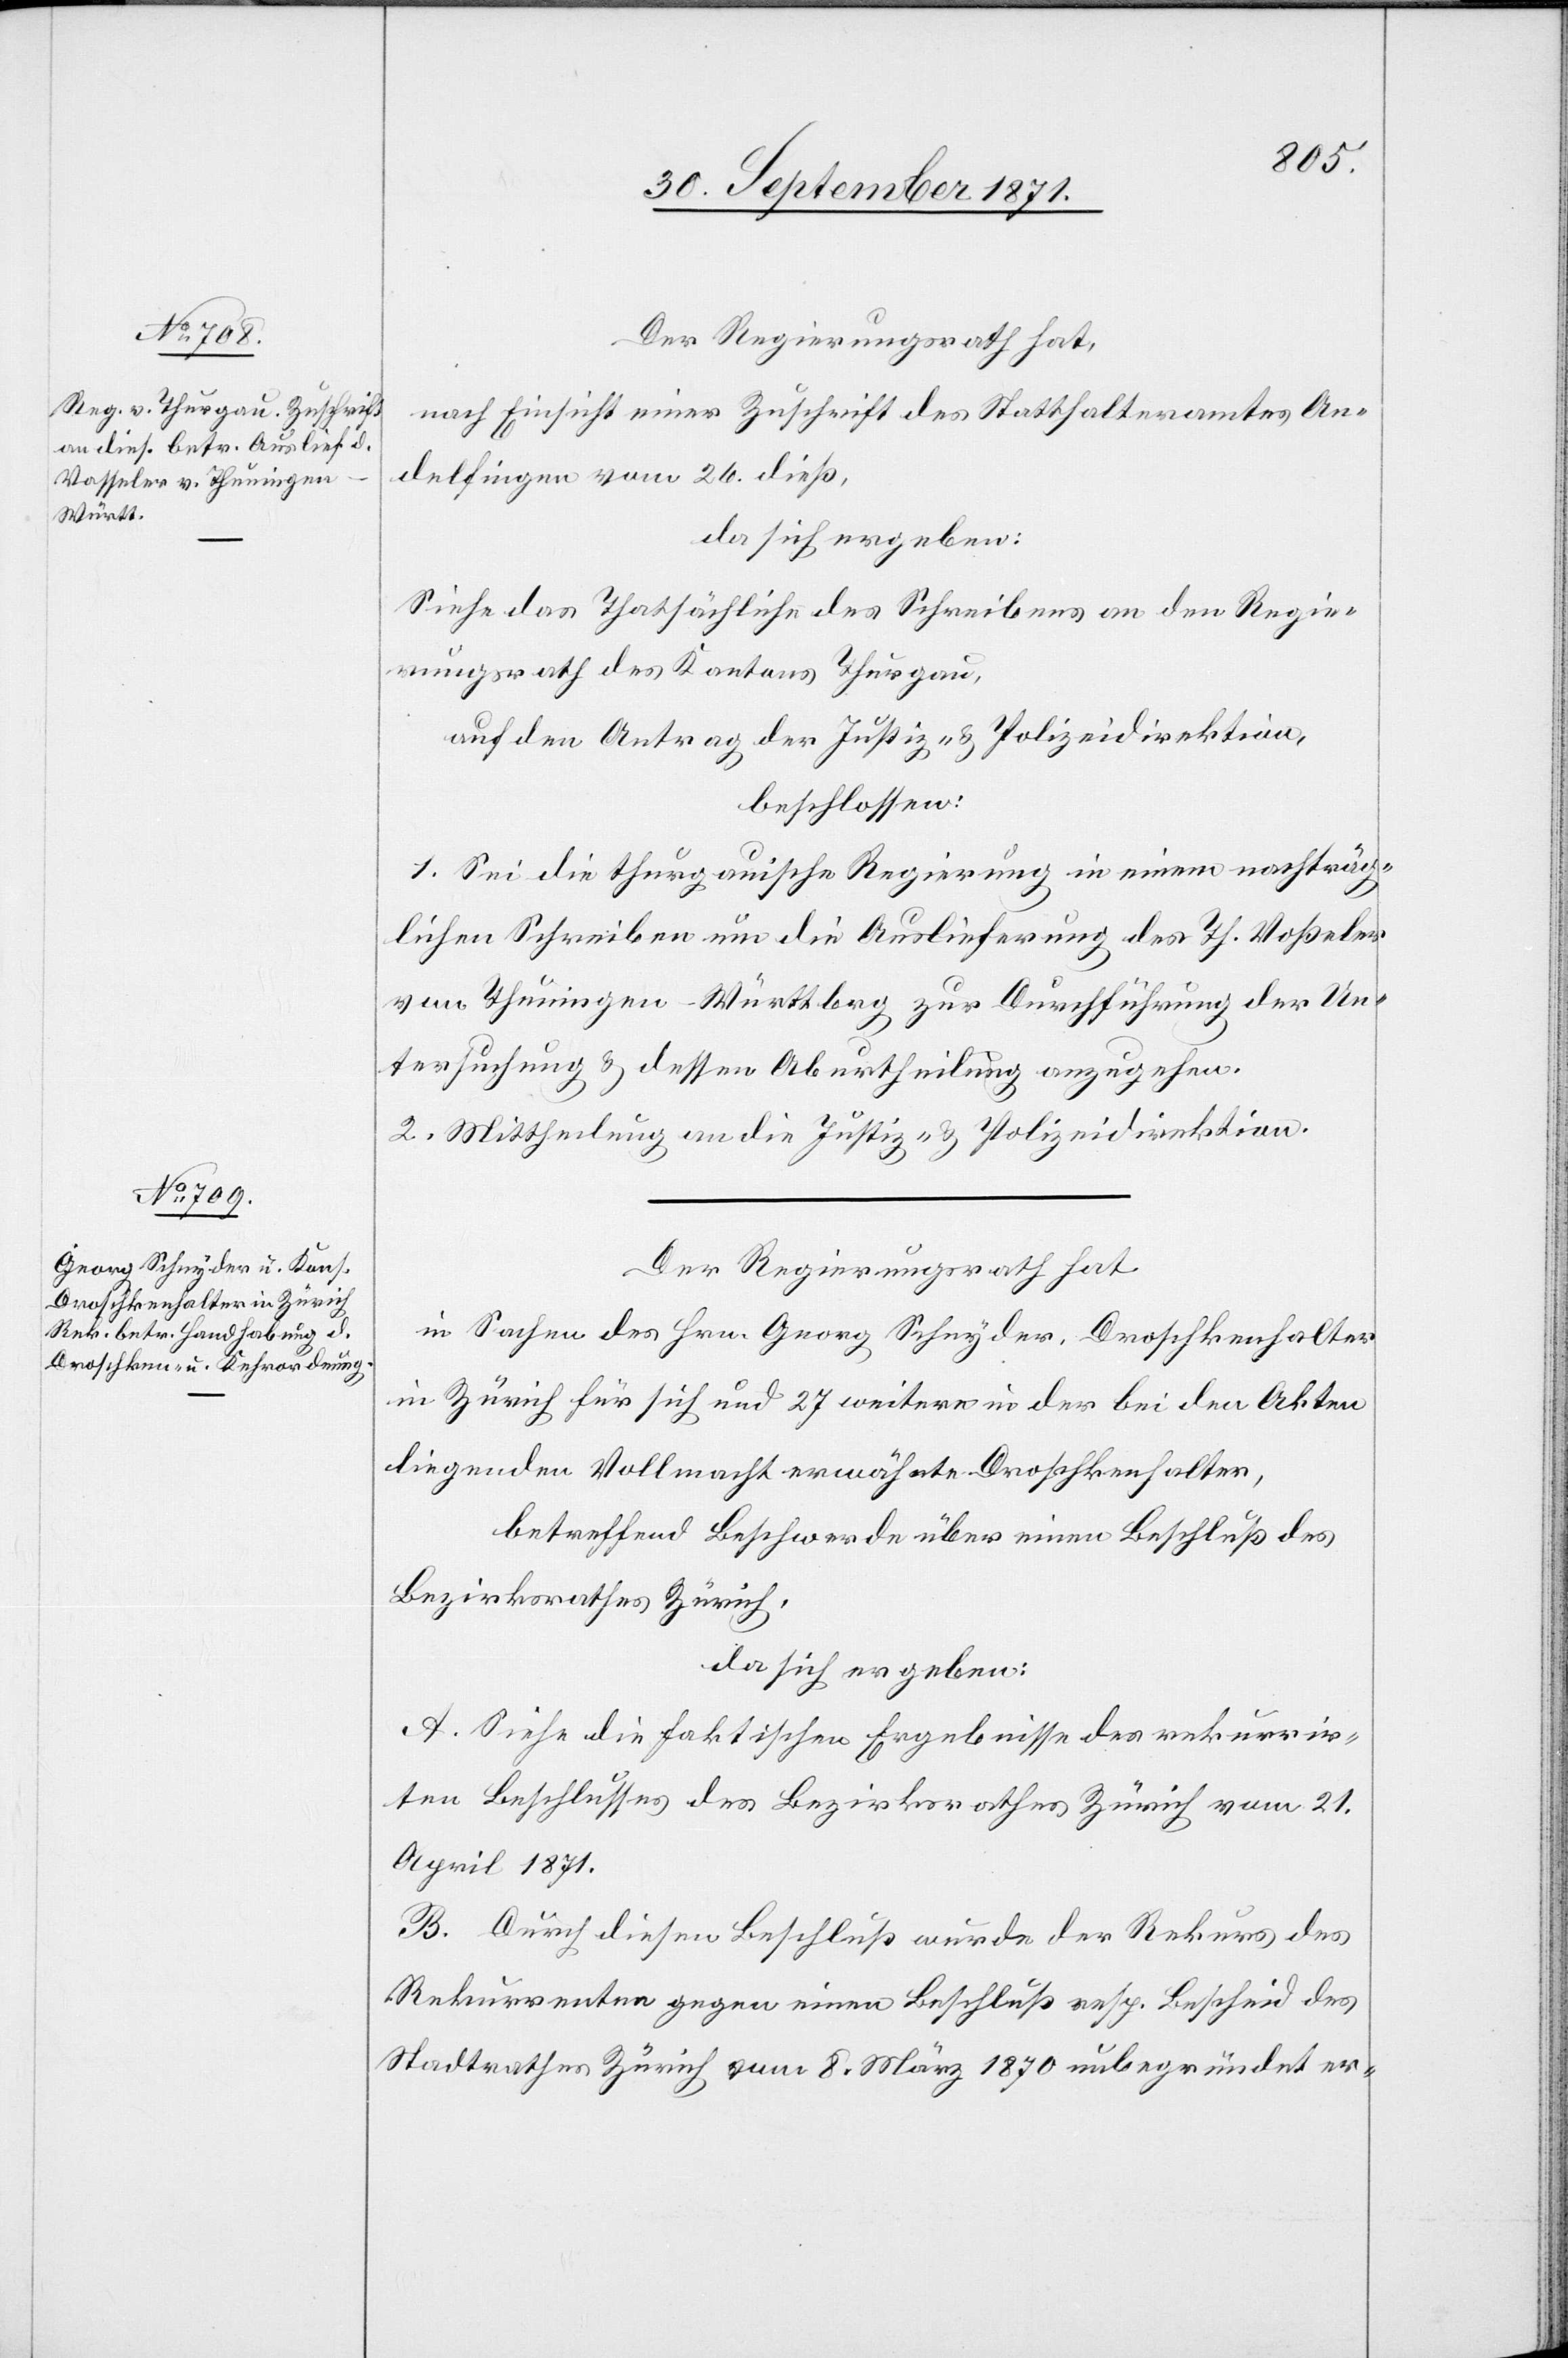
Der Regierungsrath hat,
nach Einsicht einer Zuschrift des Statthalteramtes An¬
delfingen vom 26. dieß,
da sich ergeben:
Siehe das Thatsächliche des Schreibens an den Regie¬
rungsrath des Kantons Thurgau,
auf den Antrag der Justiz- & Polizeidirektion,
beschlossen:
1. Sei die thurgauische Regierung in einem nachträg¬
lichen Schreiben um die Auslieferung des Th. Voßeler
von Thuningen-Württ.berg zur Durchführung der Un¬
tersuchung & dessen Aburtheilung anzugehen.
2. Mittheilung an die Justiz- & Polizeidirektion.
Der Regierungsrath hat
in Sachen des Hrn. Georg Schnyder, Droschkenhalter
in Zürich für sich und 27 weitere in der bei den Akten
liegenden Vollmacht erwähnte Droschkenhalter,
betreffend Beschwerde über einen Beschluß des
Bezirksrathes Zürich,
da sich ergeben:
A. Siehe die faktischen Ergebnisse des rekurrir¬
ten Beschlusses des Bezirksrathes Zürich vom 21.
April 1871.
B. Durch diesen Beschluß wurde der Rekurs des
Rekurrenten gegen einen Beschluß resp. Bescheid des
Stadtrathes Zürich vom 8. März 1870 unbegründet er-